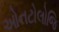
ઓનટોલોજિ